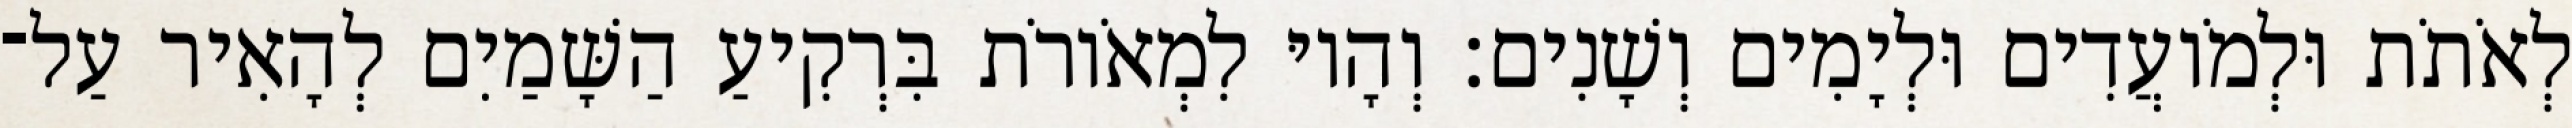
לְאֹתֹת וּלְמֹועֲדִים וּלְיָמִים וְשָׁנִים׃ וְהָיוּ לִמְאֹורֹת בִּרְקִיעַ הַשָּׁמַיִם לְהָאִיר עַל־